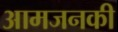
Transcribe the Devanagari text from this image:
आमजनकी